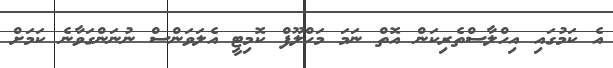
އެ ކަމުގައި އިހްލާސްތެރިކަން އޮތް ނަމަ މަހްލޫފް ކޮމިޓީ އެލަވަންސް ނުނަންގަވާނެ ކަމަށް